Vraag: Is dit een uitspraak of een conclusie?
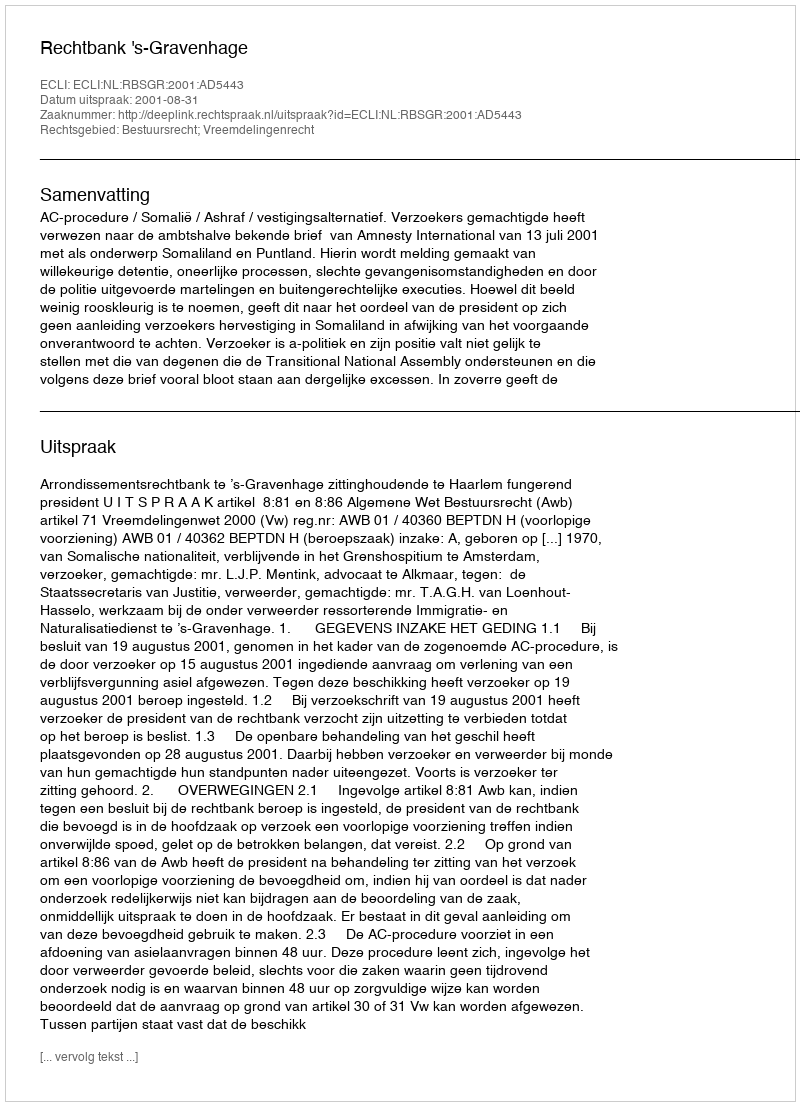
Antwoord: Uitspraak